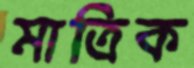
মাত্রিক